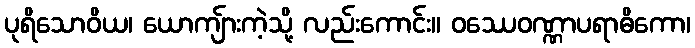
ပုရိသောဝိယ၊ ယောကျ်ားကဲ့သို့ လည်းကောင်း။ ဝဿေဝဏ္ဏာပရာဓိကော၊